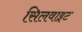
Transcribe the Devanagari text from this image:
सिलवाइट